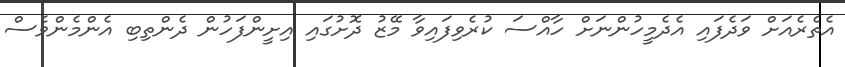
އެތެރެއަށް ވަދެފައި އެދެމީހުންނަށް ހާއްސަ ކުރެވިފައިވާ މޭޒު ދޮށުގައި އިށީންފަހުން ދެންތިބި އެންމެންވެސް